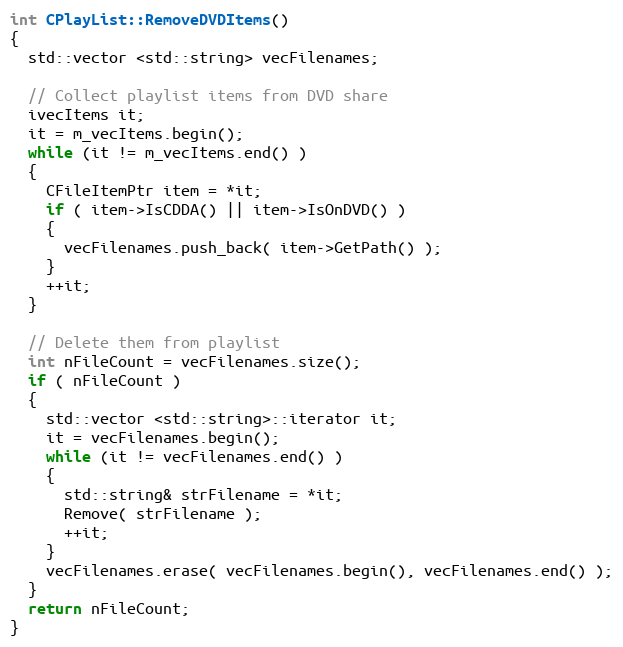
Language: C++
int CPlayList::RemoveDVDItems()
{
  std::vector <std::string> vecFilenames;

  // Collect playlist items from DVD share
  ivecItems it;
  it = m_vecItems.begin();
  while (it != m_vecItems.end() )
  {
    CFileItemPtr item = *it;
    if ( item->IsCDDA() || item->IsOnDVD() )
    {
      vecFilenames.push_back( item->GetPath() );
    }
    ++it;
  }

  // Delete them from playlist
  int nFileCount = vecFilenames.size();
  if ( nFileCount )
  {
    std::vector <std::string>::iterator it;
    it = vecFilenames.begin();
    while (it != vecFilenames.end() )
    {
      std::string& strFilename = *it;
      Remove( strFilename );
      ++it;
    }
    vecFilenames.erase( vecFilenames.begin(), vecFilenames.end() );
  }
  return nFileCount;
}